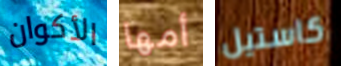
الأكوان أمها كاستيل